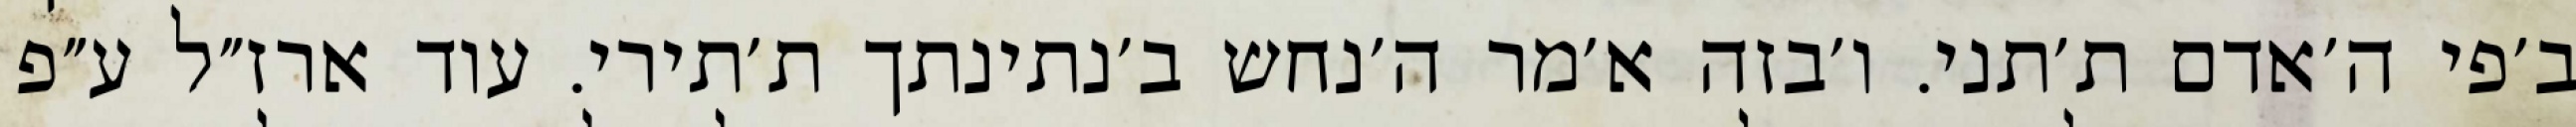
ב׳פי ה׳אדם ת׳תני. ו׳בזה א׳מר ה׳נחש ב׳נתינתך ת׳תירי. עוד ארז״ל ע״פ